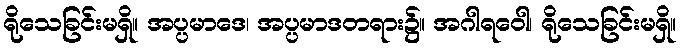
ရိုသေခြင်းမရှိ။ အပ္ပမာဒေ၊ အပ္ပမာဒတရား၌။ အဂါရဝေါ၊ ရိုသေခြင်းမရှိ။